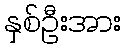
နှစ်ဦးအား